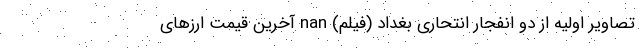
تصاویر اولیه از دو انفجار انتحاری بغداد (فیلم) nan آخرین قیمت ارزهای